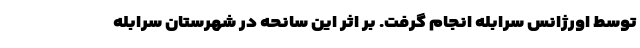
توسط اورژانس سرابله انجام گرفت. بر اثر این سانحه در شهرستان سرابله